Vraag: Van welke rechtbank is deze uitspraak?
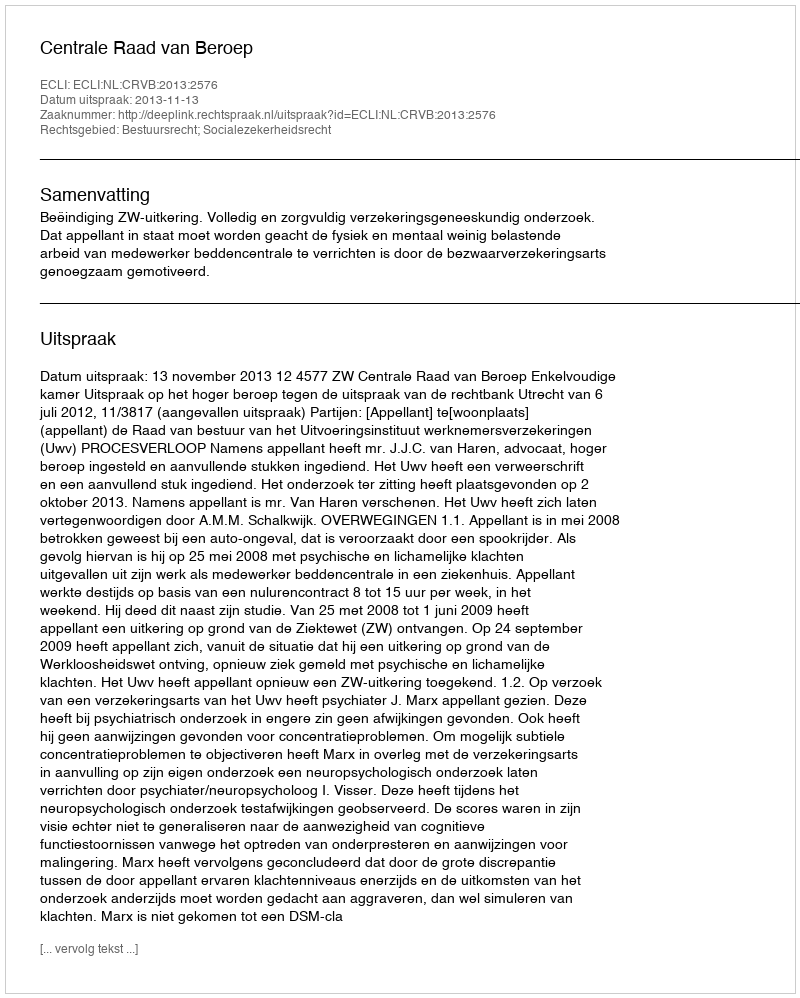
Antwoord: Centrale Raad van Beroep